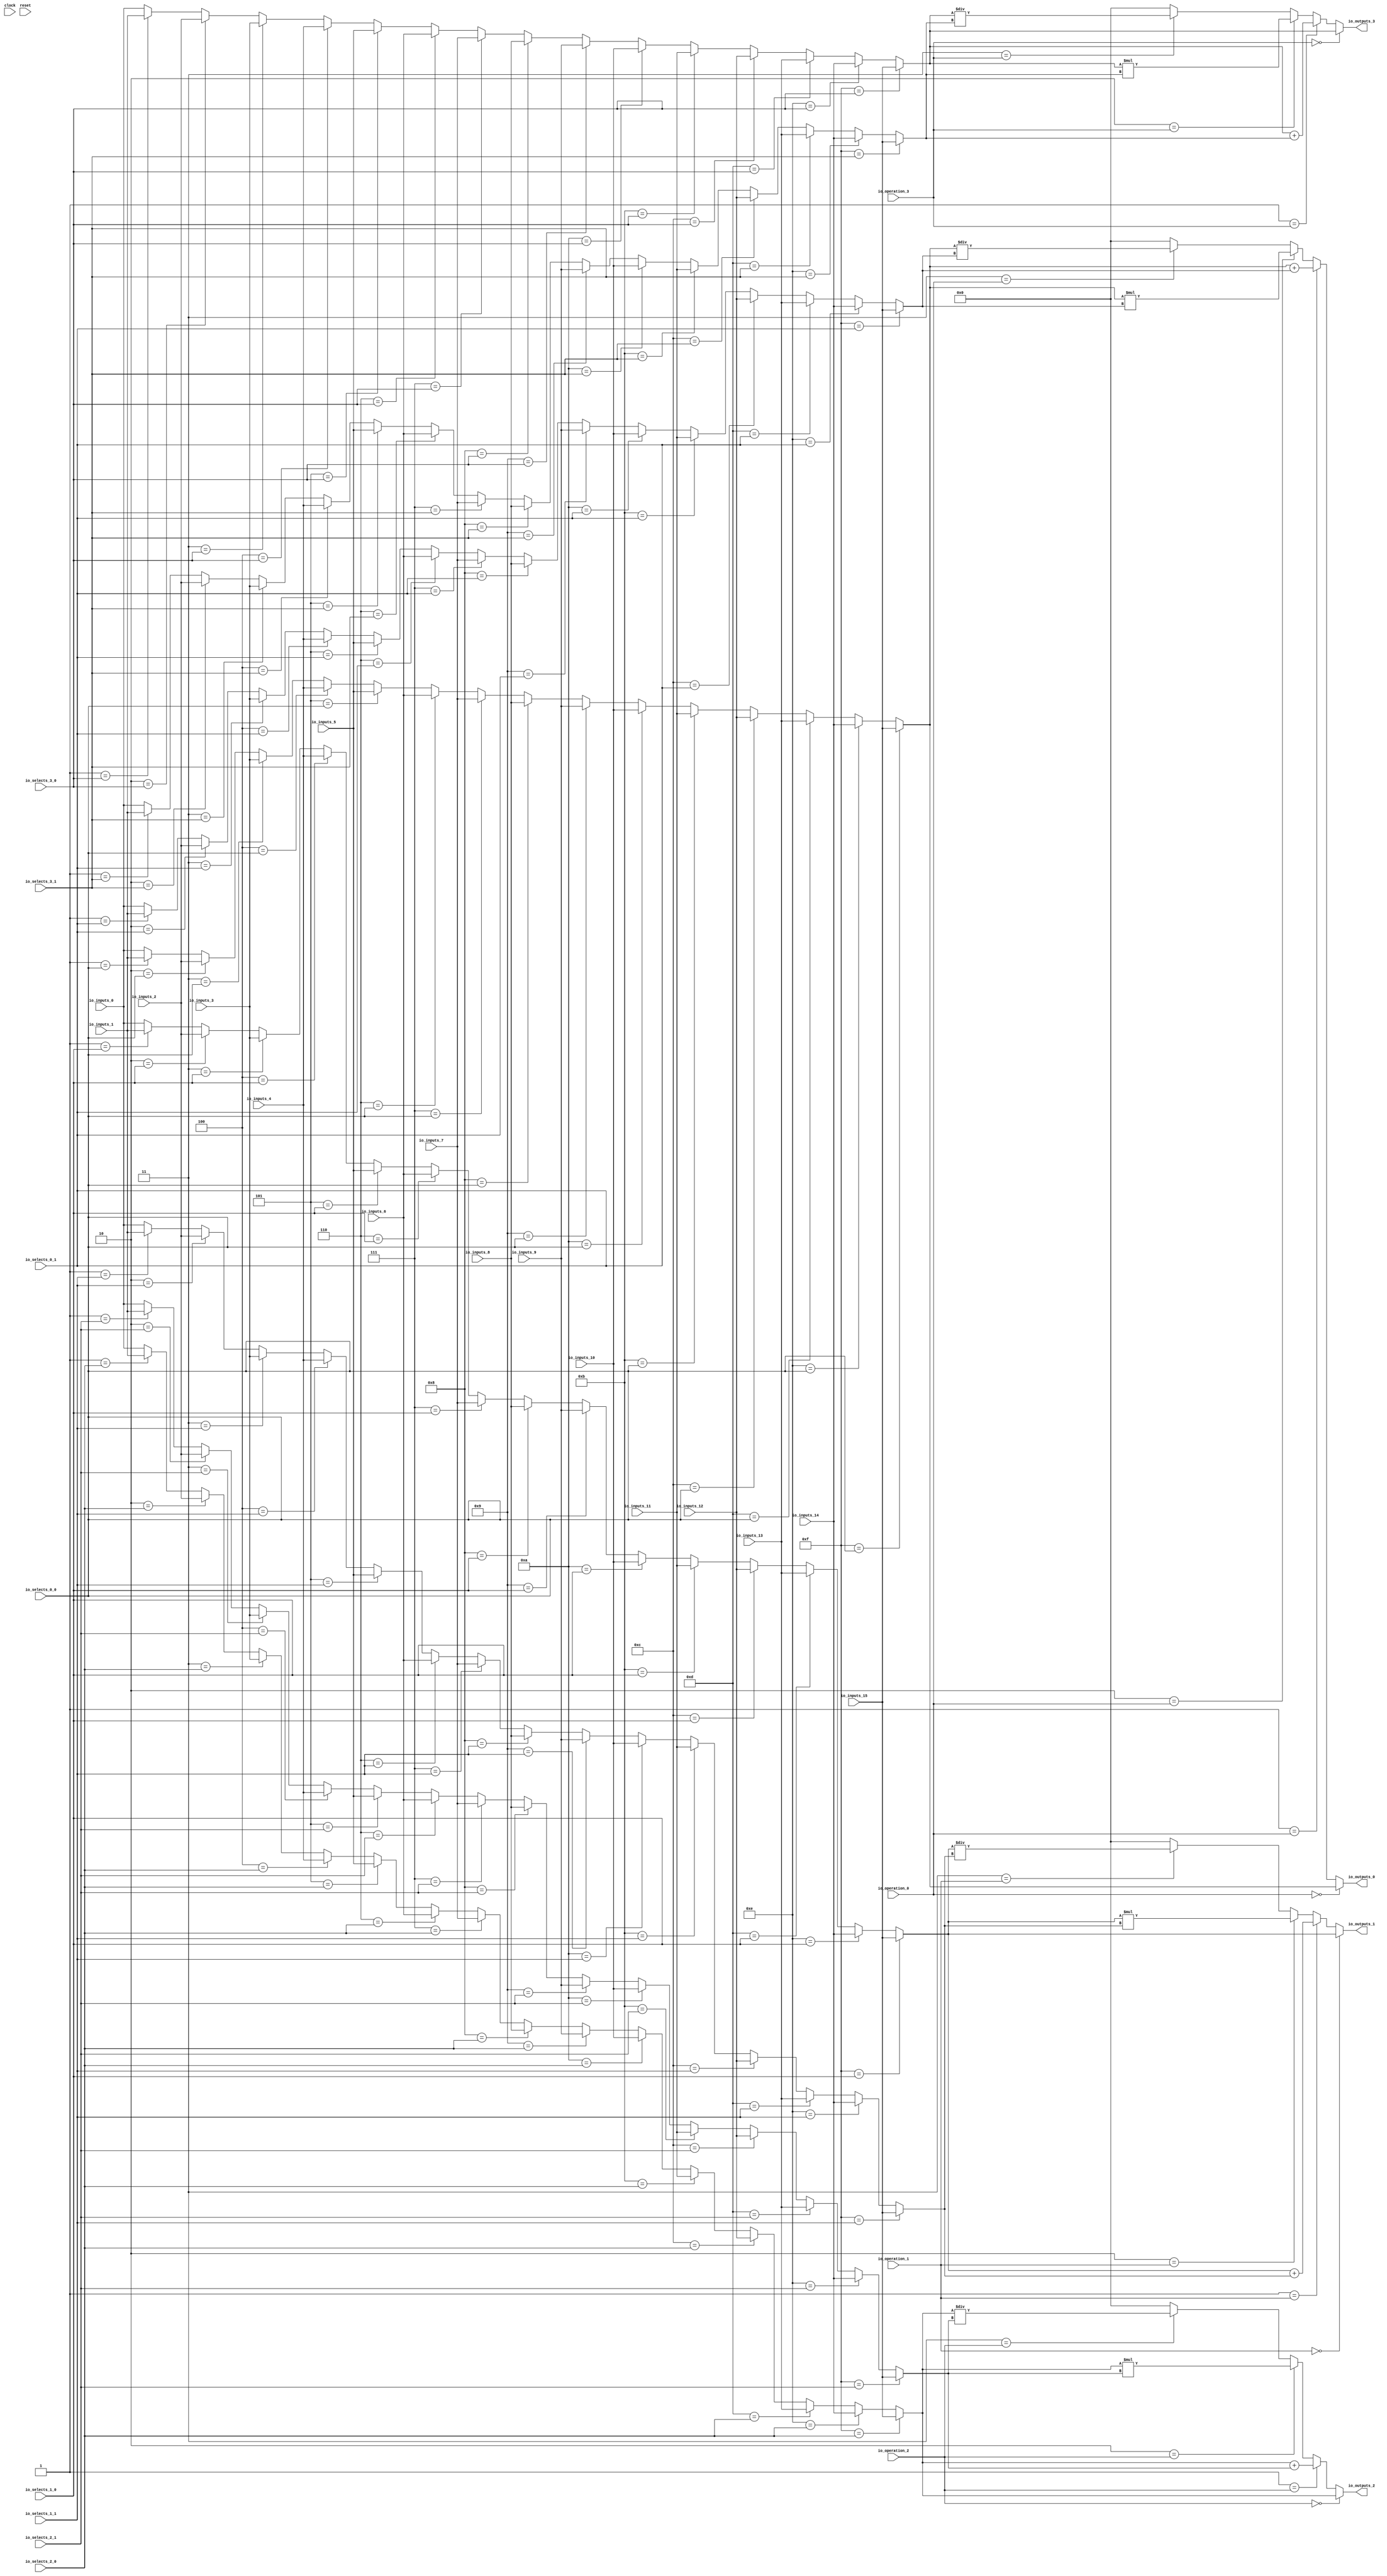
module MuxTest_width_64_inputs_16_outputs_4_pipeline_0( // @[:@3.2]
  input         clock, // @[:@4.4]
  input         reset, // @[:@5.4]
  input  [3:0]  io_selects_0_0, // @[:@6.4]
  input  [3:0]  io_selects_0_1, // @[:@6.4]
  input  [3:0]  io_selects_1_0, // @[:@6.4]
  input  [3:0]  io_selects_1_1, // @[:@6.4]
  input  [3:0]  io_selects_2_0, // @[:@6.4]
  input  [3:0]  io_selects_2_1, // @[:@6.4]
  input  [3:0]  io_selects_3_0, // @[:@6.4]
  input  [3:0]  io_selects_3_1, // @[:@6.4]
  input  [2:0]  io_operation_0, // @[:@6.4]
  input  [2:0]  io_operation_1, // @[:@6.4]
  input  [2:0]  io_operation_2, // @[:@6.4]
  input  [2:0]  io_operation_3, // @[:@6.4]
  input  [63:0] io_inputs_0, // @[:@6.4]
  input  [63:0] io_inputs_1, // @[:@6.4]
  input  [63:0] io_inputs_2, // @[:@6.4]
  input  [63:0] io_inputs_3, // @[:@6.4]
  input  [63:0] io_inputs_4, // @[:@6.4]
  input  [63:0] io_inputs_5, // @[:@6.4]
  input  [63:0] io_inputs_6, // @[:@6.4]
  input  [63:0] io_inputs_7, // @[:@6.4]
  input  [63:0] io_inputs_8, // @[:@6.4]
  input  [63:0] io_inputs_9, // @[:@6.4]
  input  [63:0] io_inputs_10, // @[:@6.4]
  input  [63:0] io_inputs_11, // @[:@6.4]
  input  [63:0] io_inputs_12, // @[:@6.4]
  input  [63:0] io_inputs_13, // @[:@6.4]
  input  [63:0] io_inputs_14, // @[:@6.4]
  input  [63:0] io_inputs_15, // @[:@6.4]
  output [63:0] io_outputs_0, // @[:@6.4]
  output [63:0] io_outputs_1, // @[:@6.4]
  output [63:0] io_outputs_2, // @[:@6.4]
  output [63:0] io_outputs_3 // @[:@6.4]
);
  wire [63:0] _GEN_1; // @[MuxTest_width_64_inputs_16_outputs_4_pipeline_0s.scala 32:53:@8.4]
  wire [63:0] _GEN_2; // @[MuxTest_width_64_inputs_16_outputs_4_pipeline_0s.scala 32:53:@8.4]
  wire [63:0] _GEN_3; // @[MuxTest_width_64_inputs_16_outputs_4_pipeline_0s.scala 32:53:@8.4]
  wire [63:0] _GEN_4; // @[MuxTest_width_64_inputs_16_outputs_4_pipeline_0s.scala 32:53:@8.4]
  wire [63:0] _GEN_5; // @[MuxTest_width_64_inputs_16_outputs_4_pipeline_0s.scala 32:53:@8.4]
  wire [63:0] _GEN_6; // @[MuxTest_width_64_inputs_16_outputs_4_pipeline_0s.scala 32:53:@8.4]
  wire [63:0] _GEN_7; // @[MuxTest_width_64_inputs_16_outputs_4_pipeline_0s.scala 32:53:@8.4]
  wire [63:0] _GEN_8; // @[MuxTest_width_64_inputs_16_outputs_4_pipeline_0s.scala 32:53:@8.4]
  wire [63:0] _GEN_9; // @[MuxTest_width_64_inputs_16_outputs_4_pipeline_0s.scala 32:53:@8.4]
  wire [63:0] _GEN_10; // @[MuxTest_width_64_inputs_16_outputs_4_pipeline_0s.scala 32:53:@8.4]
  wire [63:0] _GEN_11; // @[MuxTest_width_64_inputs_16_outputs_4_pipeline_0s.scala 32:53:@8.4]
  wire [63:0] _GEN_12; // @[MuxTest_width_64_inputs_16_outputs_4_pipeline_0s.scala 32:53:@8.4]
  wire [63:0] _GEN_13; // @[MuxTest_width_64_inputs_16_outputs_4_pipeline_0s.scala 32:53:@8.4]
  wire [63:0] _GEN_14; // @[MuxTest_width_64_inputs_16_outputs_4_pipeline_0s.scala 32:53:@8.4]
  wire [63:0] _GEN_15; // @[MuxTest_width_64_inputs_16_outputs_4_pipeline_0s.scala 32:53:@8.4]
  wire [63:0] _GEN_17; // @[MuxTest_width_64_inputs_16_outputs_4_pipeline_0s.scala 32:53:@8.4]
  wire [63:0] _GEN_18; // @[MuxTest_width_64_inputs_16_outputs_4_pipeline_0s.scala 32:53:@8.4]
  wire [63:0] _GEN_19; // @[MuxTest_width_64_inputs_16_outputs_4_pipeline_0s.scala 32:53:@8.4]
  wire [63:0] _GEN_20; // @[MuxTest_width_64_inputs_16_outputs_4_pipeline_0s.scala 32:53:@8.4]
  wire [63:0] _GEN_21; // @[MuxTest_width_64_inputs_16_outputs_4_pipeline_0s.scala 32:53:@8.4]
  wire [63:0] _GEN_22; // @[MuxTest_width_64_inputs_16_outputs_4_pipeline_0s.scala 32:53:@8.4]
  wire [63:0] _GEN_23; // @[MuxTest_width_64_inputs_16_outputs_4_pipeline_0s.scala 32:53:@8.4]
  wire [63:0] _GEN_24; // @[MuxTest_width_64_inputs_16_outputs_4_pipeline_0s.scala 32:53:@8.4]
  wire [63:0] _GEN_25; // @[MuxTest_width_64_inputs_16_outputs_4_pipeline_0s.scala 32:53:@8.4]
  wire [63:0] _GEN_26; // @[MuxTest_width_64_inputs_16_outputs_4_pipeline_0s.scala 32:53:@8.4]
  wire [63:0] _GEN_27; // @[MuxTest_width_64_inputs_16_outputs_4_pipeline_0s.scala 32:53:@8.4]
  wire [63:0] _GEN_28; // @[MuxTest_width_64_inputs_16_outputs_4_pipeline_0s.scala 32:53:@8.4]
  wire [63:0] _GEN_29; // @[MuxTest_width_64_inputs_16_outputs_4_pipeline_0s.scala 32:53:@8.4]
  wire [63:0] _GEN_30; // @[MuxTest_width_64_inputs_16_outputs_4_pipeline_0s.scala 32:53:@8.4]
  wire [63:0] _GEN_31; // @[MuxTest_width_64_inputs_16_outputs_4_pipeline_0s.scala 32:53:@8.4]
  wire [64:0] _T_266; // @[MuxTest_width_64_inputs_16_outputs_4_pipeline_0s.scala 32:53:@8.4]
  wire [63:0] _T_267; // @[MuxTest_width_64_inputs_16_outputs_4_pipeline_0s.scala 32:53:@9.4]
  wire [127:0] _T_269; // @[MuxTest_width_64_inputs_16_outputs_4_pipeline_0s.scala 33:58:@10.4]
  wire [63:0] _T_271; // @[MuxTest_width_64_inputs_16_outputs_4_pipeline_0s.scala 34:56:@11.4]
  wire  _T_272; // @[Mux.scala 46:19:@12.4]
  wire [63:0] _T_273; // @[Mux.scala 46:16:@13.4]
  wire  _T_274; // @[Mux.scala 46:19:@14.4]
  wire [127:0] _T_275; // @[Mux.scala 46:16:@15.4]
  wire  _T_276; // @[Mux.scala 46:19:@16.4]
  wire [127:0] _T_277; // @[Mux.scala 46:16:@17.4]
  wire  _T_278; // @[Mux.scala 46:19:@18.4]
  wire [127:0] _T_279; // @[Mux.scala 46:16:@19.4]
  wire [63:0] _GEN_33; // @[MuxTest_width_64_inputs_16_outputs_4_pipeline_0s.scala 32:53:@20.4]
  wire [63:0] _GEN_34; // @[MuxTest_width_64_inputs_16_outputs_4_pipeline_0s.scala 32:53:@20.4]
  wire [63:0] _GEN_35; // @[MuxTest_width_64_inputs_16_outputs_4_pipeline_0s.scala 32:53:@20.4]
  wire [63:0] _GEN_36; // @[MuxTest_width_64_inputs_16_outputs_4_pipeline_0s.scala 32:53:@20.4]
  wire [63:0] _GEN_37; // @[MuxTest_width_64_inputs_16_outputs_4_pipeline_0s.scala 32:53:@20.4]
  wire [63:0] _GEN_38; // @[MuxTest_width_64_inputs_16_outputs_4_pipeline_0s.scala 32:53:@20.4]
  wire [63:0] _GEN_39; // @[MuxTest_width_64_inputs_16_outputs_4_pipeline_0s.scala 32:53:@20.4]
  wire [63:0] _GEN_40; // @[MuxTest_width_64_inputs_16_outputs_4_pipeline_0s.scala 32:53:@20.4]
  wire [63:0] _GEN_41; // @[MuxTest_width_64_inputs_16_outputs_4_pipeline_0s.scala 32:53:@20.4]
  wire [63:0] _GEN_42; // @[MuxTest_width_64_inputs_16_outputs_4_pipeline_0s.scala 32:53:@20.4]
  wire [63:0] _GEN_43; // @[MuxTest_width_64_inputs_16_outputs_4_pipeline_0s.scala 32:53:@20.4]
  wire [63:0] _GEN_44; // @[MuxTest_width_64_inputs_16_outputs_4_pipeline_0s.scala 32:53:@20.4]
  wire [63:0] _GEN_45; // @[MuxTest_width_64_inputs_16_outputs_4_pipeline_0s.scala 32:53:@20.4]
  wire [63:0] _GEN_46; // @[MuxTest_width_64_inputs_16_outputs_4_pipeline_0s.scala 32:53:@20.4]
  wire [63:0] _GEN_47; // @[MuxTest_width_64_inputs_16_outputs_4_pipeline_0s.scala 32:53:@20.4]
  wire [63:0] _GEN_49; // @[MuxTest_width_64_inputs_16_outputs_4_pipeline_0s.scala 32:53:@20.4]
  wire [63:0] _GEN_50; // @[MuxTest_width_64_inputs_16_outputs_4_pipeline_0s.scala 32:53:@20.4]
  wire [63:0] _GEN_51; // @[MuxTest_width_64_inputs_16_outputs_4_pipeline_0s.scala 32:53:@20.4]
  wire [63:0] _GEN_52; // @[MuxTest_width_64_inputs_16_outputs_4_pipeline_0s.scala 32:53:@20.4]
  wire [63:0] _GEN_53; // @[MuxTest_width_64_inputs_16_outputs_4_pipeline_0s.scala 32:53:@20.4]
  wire [63:0] _GEN_54; // @[MuxTest_width_64_inputs_16_outputs_4_pipeline_0s.scala 32:53:@20.4]
  wire [63:0] _GEN_55; // @[MuxTest_width_64_inputs_16_outputs_4_pipeline_0s.scala 32:53:@20.4]
  wire [63:0] _GEN_56; // @[MuxTest_width_64_inputs_16_outputs_4_pipeline_0s.scala 32:53:@20.4]
  wire [63:0] _GEN_57; // @[MuxTest_width_64_inputs_16_outputs_4_pipeline_0s.scala 32:53:@20.4]
  wire [63:0] _GEN_58; // @[MuxTest_width_64_inputs_16_outputs_4_pipeline_0s.scala 32:53:@20.4]
  wire [63:0] _GEN_59; // @[MuxTest_width_64_inputs_16_outputs_4_pipeline_0s.scala 32:53:@20.4]
  wire [63:0] _GEN_60; // @[MuxTest_width_64_inputs_16_outputs_4_pipeline_0s.scala 32:53:@20.4]
  wire [63:0] _GEN_61; // @[MuxTest_width_64_inputs_16_outputs_4_pipeline_0s.scala 32:53:@20.4]
  wire [63:0] _GEN_62; // @[MuxTest_width_64_inputs_16_outputs_4_pipeline_0s.scala 32:53:@20.4]
  wire [63:0] _GEN_63; // @[MuxTest_width_64_inputs_16_outputs_4_pipeline_0s.scala 32:53:@20.4]
  wire [64:0] _T_283; // @[MuxTest_width_64_inputs_16_outputs_4_pipeline_0s.scala 32:53:@20.4]
  wire [63:0] _T_284; // @[MuxTest_width_64_inputs_16_outputs_4_pipeline_0s.scala 32:53:@21.4]
  wire [127:0] _T_286; // @[MuxTest_width_64_inputs_16_outputs_4_pipeline_0s.scala 33:58:@22.4]
  wire [63:0] _T_288; // @[MuxTest_width_64_inputs_16_outputs_4_pipeline_0s.scala 34:56:@23.4]
  wire  _T_289; // @[Mux.scala 46:19:@24.4]
  wire [63:0] _T_290; // @[Mux.scala 46:16:@25.4]
  wire  _T_291; // @[Mux.scala 46:19:@26.4]
  wire [127:0] _T_292; // @[Mux.scala 46:16:@27.4]
  wire  _T_293; // @[Mux.scala 46:19:@28.4]
  wire [127:0] _T_294; // @[Mux.scala 46:16:@29.4]
  wire  _T_295; // @[Mux.scala 46:19:@30.4]
  wire [127:0] _T_296; // @[Mux.scala 46:16:@31.4]
  wire [63:0] _GEN_65; // @[MuxTest_width_64_inputs_16_outputs_4_pipeline_0s.scala 32:53:@32.4]
  wire [63:0] _GEN_66; // @[MuxTest_width_64_inputs_16_outputs_4_pipeline_0s.scala 32:53:@32.4]
  wire [63:0] _GEN_67; // @[MuxTest_width_64_inputs_16_outputs_4_pipeline_0s.scala 32:53:@32.4]
  wire [63:0] _GEN_68; // @[MuxTest_width_64_inputs_16_outputs_4_pipeline_0s.scala 32:53:@32.4]
  wire [63:0] _GEN_69; // @[MuxTest_width_64_inputs_16_outputs_4_pipeline_0s.scala 32:53:@32.4]
  wire [63:0] _GEN_70; // @[MuxTest_width_64_inputs_16_outputs_4_pipeline_0s.scala 32:53:@32.4]
  wire [63:0] _GEN_71; // @[MuxTest_width_64_inputs_16_outputs_4_pipeline_0s.scala 32:53:@32.4]
  wire [63:0] _GEN_72; // @[MuxTest_width_64_inputs_16_outputs_4_pipeline_0s.scala 32:53:@32.4]
  wire [63:0] _GEN_73; // @[MuxTest_width_64_inputs_16_outputs_4_pipeline_0s.scala 32:53:@32.4]
  wire [63:0] _GEN_74; // @[MuxTest_width_64_inputs_16_outputs_4_pipeline_0s.scala 32:53:@32.4]
  wire [63:0] _GEN_75; // @[MuxTest_width_64_inputs_16_outputs_4_pipeline_0s.scala 32:53:@32.4]
  wire [63:0] _GEN_76; // @[MuxTest_width_64_inputs_16_outputs_4_pipeline_0s.scala 32:53:@32.4]
  wire [63:0] _GEN_77; // @[MuxTest_width_64_inputs_16_outputs_4_pipeline_0s.scala 32:53:@32.4]
  wire [63:0] _GEN_78; // @[MuxTest_width_64_inputs_16_outputs_4_pipeline_0s.scala 32:53:@32.4]
  wire [63:0] _GEN_79; // @[MuxTest_width_64_inputs_16_outputs_4_pipeline_0s.scala 32:53:@32.4]
  wire [63:0] _GEN_81; // @[MuxTest_width_64_inputs_16_outputs_4_pipeline_0s.scala 32:53:@32.4]
  wire [63:0] _GEN_82; // @[MuxTest_width_64_inputs_16_outputs_4_pipeline_0s.scala 32:53:@32.4]
  wire [63:0] _GEN_83; // @[MuxTest_width_64_inputs_16_outputs_4_pipeline_0s.scala 32:53:@32.4]
  wire [63:0] _GEN_84; // @[MuxTest_width_64_inputs_16_outputs_4_pipeline_0s.scala 32:53:@32.4]
  wire [63:0] _GEN_85; // @[MuxTest_width_64_inputs_16_outputs_4_pipeline_0s.scala 32:53:@32.4]
  wire [63:0] _GEN_86; // @[MuxTest_width_64_inputs_16_outputs_4_pipeline_0s.scala 32:53:@32.4]
  wire [63:0] _GEN_87; // @[MuxTest_width_64_inputs_16_outputs_4_pipeline_0s.scala 32:53:@32.4]
  wire [63:0] _GEN_88; // @[MuxTest_width_64_inputs_16_outputs_4_pipeline_0s.scala 32:53:@32.4]
  wire [63:0] _GEN_89; // @[MuxTest_width_64_inputs_16_outputs_4_pipeline_0s.scala 32:53:@32.4]
  wire [63:0] _GEN_90; // @[MuxTest_width_64_inputs_16_outputs_4_pipeline_0s.scala 32:53:@32.4]
  wire [63:0] _GEN_91; // @[MuxTest_width_64_inputs_16_outputs_4_pipeline_0s.scala 32:53:@32.4]
  wire [63:0] _GEN_92; // @[MuxTest_width_64_inputs_16_outputs_4_pipeline_0s.scala 32:53:@32.4]
  wire [63:0] _GEN_93; // @[MuxTest_width_64_inputs_16_outputs_4_pipeline_0s.scala 32:53:@32.4]
  wire [63:0] _GEN_94; // @[MuxTest_width_64_inputs_16_outputs_4_pipeline_0s.scala 32:53:@32.4]
  wire [63:0] _GEN_95; // @[MuxTest_width_64_inputs_16_outputs_4_pipeline_0s.scala 32:53:@32.4]
  wire [64:0] _T_300; // @[MuxTest_width_64_inputs_16_outputs_4_pipeline_0s.scala 32:53:@32.4]
  wire [63:0] _T_301; // @[MuxTest_width_64_inputs_16_outputs_4_pipeline_0s.scala 32:53:@33.4]
  wire [127:0] _T_303; // @[MuxTest_width_64_inputs_16_outputs_4_pipeline_0s.scala 33:58:@34.4]
  wire [63:0] _T_305; // @[MuxTest_width_64_inputs_16_outputs_4_pipeline_0s.scala 34:56:@35.4]
  wire  _T_306; // @[Mux.scala 46:19:@36.4]
  wire [63:0] _T_307; // @[Mux.scala 46:16:@37.4]
  wire  _T_308; // @[Mux.scala 46:19:@38.4]
  wire [127:0] _T_309; // @[Mux.scala 46:16:@39.4]
  wire  _T_310; // @[Mux.scala 46:19:@40.4]
  wire [127:0] _T_311; // @[Mux.scala 46:16:@41.4]
  wire  _T_312; // @[Mux.scala 46:19:@42.4]
  wire [127:0] _T_313; // @[Mux.scala 46:16:@43.4]
  wire [63:0] _GEN_97; // @[MuxTest_width_64_inputs_16_outputs_4_pipeline_0s.scala 32:53:@44.4]
  wire [63:0] _GEN_98; // @[MuxTest_width_64_inputs_16_outputs_4_pipeline_0s.scala 32:53:@44.4]
  wire [63:0] _GEN_99; // @[MuxTest_width_64_inputs_16_outputs_4_pipeline_0s.scala 32:53:@44.4]
  wire [63:0] _GEN_100; // @[MuxTest_width_64_inputs_16_outputs_4_pipeline_0s.scala 32:53:@44.4]
  wire [63:0] _GEN_101; // @[MuxTest_width_64_inputs_16_outputs_4_pipeline_0s.scala 32:53:@44.4]
  wire [63:0] _GEN_102; // @[MuxTest_width_64_inputs_16_outputs_4_pipeline_0s.scala 32:53:@44.4]
  wire [63:0] _GEN_103; // @[MuxTest_width_64_inputs_16_outputs_4_pipeline_0s.scala 32:53:@44.4]
  wire [63:0] _GEN_104; // @[MuxTest_width_64_inputs_16_outputs_4_pipeline_0s.scala 32:53:@44.4]
  wire [63:0] _GEN_105; // @[MuxTest_width_64_inputs_16_outputs_4_pipeline_0s.scala 32:53:@44.4]
  wire [63:0] _GEN_106; // @[MuxTest_width_64_inputs_16_outputs_4_pipeline_0s.scala 32:53:@44.4]
  wire [63:0] _GEN_107; // @[MuxTest_width_64_inputs_16_outputs_4_pipeline_0s.scala 32:53:@44.4]
  wire [63:0] _GEN_108; // @[MuxTest_width_64_inputs_16_outputs_4_pipeline_0s.scala 32:53:@44.4]
  wire [63:0] _GEN_109; // @[MuxTest_width_64_inputs_16_outputs_4_pipeline_0s.scala 32:53:@44.4]
  wire [63:0] _GEN_110; // @[MuxTest_width_64_inputs_16_outputs_4_pipeline_0s.scala 32:53:@44.4]
  wire [63:0] _GEN_111; // @[MuxTest_width_64_inputs_16_outputs_4_pipeline_0s.scala 32:53:@44.4]
  wire [63:0] _GEN_113; // @[MuxTest_width_64_inputs_16_outputs_4_pipeline_0s.scala 32:53:@44.4]
  wire [63:0] _GEN_114; // @[MuxTest_width_64_inputs_16_outputs_4_pipeline_0s.scala 32:53:@44.4]
  wire [63:0] _GEN_115; // @[MuxTest_width_64_inputs_16_outputs_4_pipeline_0s.scala 32:53:@44.4]
  wire [63:0] _GEN_116; // @[MuxTest_width_64_inputs_16_outputs_4_pipeline_0s.scala 32:53:@44.4]
  wire [63:0] _GEN_117; // @[MuxTest_width_64_inputs_16_outputs_4_pipeline_0s.scala 32:53:@44.4]
  wire [63:0] _GEN_118; // @[MuxTest_width_64_inputs_16_outputs_4_pipeline_0s.scala 32:53:@44.4]
  wire [63:0] _GEN_119; // @[MuxTest_width_64_inputs_16_outputs_4_pipeline_0s.scala 32:53:@44.4]
  wire [63:0] _GEN_120; // @[MuxTest_width_64_inputs_16_outputs_4_pipeline_0s.scala 32:53:@44.4]
  wire [63:0] _GEN_121; // @[MuxTest_width_64_inputs_16_outputs_4_pipeline_0s.scala 32:53:@44.4]
  wire [63:0] _GEN_122; // @[MuxTest_width_64_inputs_16_outputs_4_pipeline_0s.scala 32:53:@44.4]
  wire [63:0] _GEN_123; // @[MuxTest_width_64_inputs_16_outputs_4_pipeline_0s.scala 32:53:@44.4]
  wire [63:0] _GEN_124; // @[MuxTest_width_64_inputs_16_outputs_4_pipeline_0s.scala 32:53:@44.4]
  wire [63:0] _GEN_125; // @[MuxTest_width_64_inputs_16_outputs_4_pipeline_0s.scala 32:53:@44.4]
  wire [63:0] _GEN_126; // @[MuxTest_width_64_inputs_16_outputs_4_pipeline_0s.scala 32:53:@44.4]
  wire [63:0] _GEN_127; // @[MuxTest_width_64_inputs_16_outputs_4_pipeline_0s.scala 32:53:@44.4]
  wire [64:0] _T_317; // @[MuxTest_width_64_inputs_16_outputs_4_pipeline_0s.scala 32:53:@44.4]
  wire [63:0] _T_318; // @[MuxTest_width_64_inputs_16_outputs_4_pipeline_0s.scala 32:53:@45.4]
  wire [127:0] _T_320; // @[MuxTest_width_64_inputs_16_outputs_4_pipeline_0s.scala 33:58:@46.4]
  wire [63:0] _T_322; // @[MuxTest_width_64_inputs_16_outputs_4_pipeline_0s.scala 34:56:@47.4]
  wire  _T_323; // @[Mux.scala 46:19:@48.4]
  wire [63:0] _T_324; // @[Mux.scala 46:16:@49.4]
  wire  _T_325; // @[Mux.scala 46:19:@50.4]
  wire [127:0] _T_326; // @[Mux.scala 46:16:@51.4]
  wire  _T_327; // @[Mux.scala 46:19:@52.4]
  wire [127:0] _T_328; // @[Mux.scala 46:16:@53.4]
  wire  _T_329; // @[Mux.scala 46:19:@54.4]
  wire [127:0] _T_330; // @[Mux.scala 46:16:@55.4]
  assign _GEN_1 = 4'h1 == io_selects_0_0 ? io_inputs_1 : io_inputs_0; // @[MuxTest_width_64_inputs_16_outputs_4_pipeline_0s.scala 32:53:@8.4]
  assign _GEN_2 = 4'h2 == io_selects_0_0 ? io_inputs_2 : _GEN_1; // @[MuxTest_width_64_inputs_16_outputs_4_pipeline_0s.scala 32:53:@8.4]
  assign _GEN_3 = 4'h3 == io_selects_0_0 ? io_inputs_3 : _GEN_2; // @[MuxTest_width_64_inputs_16_outputs_4_pipeline_0s.scala 32:53:@8.4]
  assign _GEN_4 = 4'h4 == io_selects_0_0 ? io_inputs_4 : _GEN_3; // @[MuxTest_width_64_inputs_16_outputs_4_pipeline_0s.scala 32:53:@8.4]
  assign _GEN_5 = 4'h5 == io_selects_0_0 ? io_inputs_5 : _GEN_4; // @[MuxTest_width_64_inputs_16_outputs_4_pipeline_0s.scala 32:53:@8.4]
  assign _GEN_6 = 4'h6 == io_selects_0_0 ? io_inputs_6 : _GEN_5; // @[MuxTest_width_64_inputs_16_outputs_4_pipeline_0s.scala 32:53:@8.4]
  assign _GEN_7 = 4'h7 == io_selects_0_0 ? io_inputs_7 : _GEN_6; // @[MuxTest_width_64_inputs_16_outputs_4_pipeline_0s.scala 32:53:@8.4]
  assign _GEN_8 = 4'h8 == io_selects_0_0 ? io_inputs_8 : _GEN_7; // @[MuxTest_width_64_inputs_16_outputs_4_pipeline_0s.scala 32:53:@8.4]
  assign _GEN_9 = 4'h9 == io_selects_0_0 ? io_inputs_9 : _GEN_8; // @[MuxTest_width_64_inputs_16_outputs_4_pipeline_0s.scala 32:53:@8.4]
  assign _GEN_10 = 4'ha == io_selects_0_0 ? io_inputs_10 : _GEN_9; // @[MuxTest_width_64_inputs_16_outputs_4_pipeline_0s.scala 32:53:@8.4]
  assign _GEN_11 = 4'hb == io_selects_0_0 ? io_inputs_11 : _GEN_10; // @[MuxTest_width_64_inputs_16_outputs_4_pipeline_0s.scala 32:53:@8.4]
  assign _GEN_12 = 4'hc == io_selects_0_0 ? io_inputs_12 : _GEN_11; // @[MuxTest_width_64_inputs_16_outputs_4_pipeline_0s.scala 32:53:@8.4]
  assign _GEN_13 = 4'hd == io_selects_0_0 ? io_inputs_13 : _GEN_12; // @[MuxTest_width_64_inputs_16_outputs_4_pipeline_0s.scala 32:53:@8.4]
  assign _GEN_14 = 4'he == io_selects_0_0 ? io_inputs_14 : _GEN_13; // @[MuxTest_width_64_inputs_16_outputs_4_pipeline_0s.scala 32:53:@8.4]
  assign _GEN_15 = 4'hf == io_selects_0_0 ? io_inputs_15 : _GEN_14; // @[MuxTest_width_64_inputs_16_outputs_4_pipeline_0s.scala 32:53:@8.4]
  assign _GEN_17 = 4'h1 == io_selects_0_1 ? io_inputs_1 : io_inputs_0; // @[MuxTest_width_64_inputs_16_outputs_4_pipeline_0s.scala 32:53:@8.4]
  assign _GEN_18 = 4'h2 == io_selects_0_1 ? io_inputs_2 : _GEN_17; // @[MuxTest_width_64_inputs_16_outputs_4_pipeline_0s.scala 32:53:@8.4]
  assign _GEN_19 = 4'h3 == io_selects_0_1 ? io_inputs_3 : _GEN_18; // @[MuxTest_width_64_inputs_16_outputs_4_pipeline_0s.scala 32:53:@8.4]
  assign _GEN_20 = 4'h4 == io_selects_0_1 ? io_inputs_4 : _GEN_19; // @[MuxTest_width_64_inputs_16_outputs_4_pipeline_0s.scala 32:53:@8.4]
  assign _GEN_21 = 4'h5 == io_selects_0_1 ? io_inputs_5 : _GEN_20; // @[MuxTest_width_64_inputs_16_outputs_4_pipeline_0s.scala 32:53:@8.4]
  assign _GEN_22 = 4'h6 == io_selects_0_1 ? io_inputs_6 : _GEN_21; // @[MuxTest_width_64_inputs_16_outputs_4_pipeline_0s.scala 32:53:@8.4]
  assign _GEN_23 = 4'h7 == io_selects_0_1 ? io_inputs_7 : _GEN_22; // @[MuxTest_width_64_inputs_16_outputs_4_pipeline_0s.scala 32:53:@8.4]
  assign _GEN_24 = 4'h8 == io_selects_0_1 ? io_inputs_8 : _GEN_23; // @[MuxTest_width_64_inputs_16_outputs_4_pipeline_0s.scala 32:53:@8.4]
  assign _GEN_25 = 4'h9 == io_selects_0_1 ? io_inputs_9 : _GEN_24; // @[MuxTest_width_64_inputs_16_outputs_4_pipeline_0s.scala 32:53:@8.4]
  assign _GEN_26 = 4'ha == io_selects_0_1 ? io_inputs_10 : _GEN_25; // @[MuxTest_width_64_inputs_16_outputs_4_pipeline_0s.scala 32:53:@8.4]
  assign _GEN_27 = 4'hb == io_selects_0_1 ? io_inputs_11 : _GEN_26; // @[MuxTest_width_64_inputs_16_outputs_4_pipeline_0s.scala 32:53:@8.4]
  assign _GEN_28 = 4'hc == io_selects_0_1 ? io_inputs_12 : _GEN_27; // @[MuxTest_width_64_inputs_16_outputs_4_pipeline_0s.scala 32:53:@8.4]
  assign _GEN_29 = 4'hd == io_selects_0_1 ? io_inputs_13 : _GEN_28; // @[MuxTest_width_64_inputs_16_outputs_4_pipeline_0s.scala 32:53:@8.4]
  assign _GEN_30 = 4'he == io_selects_0_1 ? io_inputs_14 : _GEN_29; // @[MuxTest_width_64_inputs_16_outputs_4_pipeline_0s.scala 32:53:@8.4]
  assign _GEN_31 = 4'hf == io_selects_0_1 ? io_inputs_15 : _GEN_30; // @[MuxTest_width_64_inputs_16_outputs_4_pipeline_0s.scala 32:53:@8.4]
  assign _T_266 = _GEN_15 + _GEN_31; // @[MuxTest_width_64_inputs_16_outputs_4_pipeline_0s.scala 32:53:@8.4]
  assign _T_267 = _GEN_15 + _GEN_31; // @[MuxTest_width_64_inputs_16_outputs_4_pipeline_0s.scala 32:53:@9.4]
  assign _T_269 = _GEN_15 * _GEN_31; // @[MuxTest_width_64_inputs_16_outputs_4_pipeline_0s.scala 33:58:@10.4]
  assign _T_271 = _GEN_15 / _GEN_31; // @[MuxTest_width_64_inputs_16_outputs_4_pipeline_0s.scala 34:56:@11.4]
  assign _T_272 = 3'h3 == io_operation_0; // @[Mux.scala 46:19:@12.4]
  assign _T_273 = _T_272 ? _T_271 : 64'h0; // @[Mux.scala 46:16:@13.4]
  assign _T_274 = 3'h2 == io_operation_0; // @[Mux.scala 46:19:@14.4]
  assign _T_275 = _T_274 ? _T_269 : {{64'd0}, _T_273}; // @[Mux.scala 46:16:@15.4]
  assign _T_276 = 3'h1 == io_operation_0; // @[Mux.scala 46:19:@16.4]
  assign _T_277 = _T_276 ? {{64'd0}, _T_267} : _T_275; // @[Mux.scala 46:16:@17.4]
  assign _T_278 = 3'h0 == io_operation_0; // @[Mux.scala 46:19:@18.4]
  assign _T_279 = _T_278 ? {{64'd0}, _GEN_15} : _T_277; // @[Mux.scala 46:16:@19.4]
  assign _GEN_33 = 4'h1 == io_selects_1_0 ? io_inputs_1 : io_inputs_0; // @[MuxTest_width_64_inputs_16_outputs_4_pipeline_0s.scala 32:53:@20.4]
  assign _GEN_34 = 4'h2 == io_selects_1_0 ? io_inputs_2 : _GEN_33; // @[MuxTest_width_64_inputs_16_outputs_4_pipeline_0s.scala 32:53:@20.4]
  assign _GEN_35 = 4'h3 == io_selects_1_0 ? io_inputs_3 : _GEN_34; // @[MuxTest_width_64_inputs_16_outputs_4_pipeline_0s.scala 32:53:@20.4]
  assign _GEN_36 = 4'h4 == io_selects_1_0 ? io_inputs_4 : _GEN_35; // @[MuxTest_width_64_inputs_16_outputs_4_pipeline_0s.scala 32:53:@20.4]
  assign _GEN_37 = 4'h5 == io_selects_1_0 ? io_inputs_5 : _GEN_36; // @[MuxTest_width_64_inputs_16_outputs_4_pipeline_0s.scala 32:53:@20.4]
  assign _GEN_38 = 4'h6 == io_selects_1_0 ? io_inputs_6 : _GEN_37; // @[MuxTest_width_64_inputs_16_outputs_4_pipeline_0s.scala 32:53:@20.4]
  assign _GEN_39 = 4'h7 == io_selects_1_0 ? io_inputs_7 : _GEN_38; // @[MuxTest_width_64_inputs_16_outputs_4_pipeline_0s.scala 32:53:@20.4]
  assign _GEN_40 = 4'h8 == io_selects_1_0 ? io_inputs_8 : _GEN_39; // @[MuxTest_width_64_inputs_16_outputs_4_pipeline_0s.scala 32:53:@20.4]
  assign _GEN_41 = 4'h9 == io_selects_1_0 ? io_inputs_9 : _GEN_40; // @[MuxTest_width_64_inputs_16_outputs_4_pipeline_0s.scala 32:53:@20.4]
  assign _GEN_42 = 4'ha == io_selects_1_0 ? io_inputs_10 : _GEN_41; // @[MuxTest_width_64_inputs_16_outputs_4_pipeline_0s.scala 32:53:@20.4]
  assign _GEN_43 = 4'hb == io_selects_1_0 ? io_inputs_11 : _GEN_42; // @[MuxTest_width_64_inputs_16_outputs_4_pipeline_0s.scala 32:53:@20.4]
  assign _GEN_44 = 4'hc == io_selects_1_0 ? io_inputs_12 : _GEN_43; // @[MuxTest_width_64_inputs_16_outputs_4_pipeline_0s.scala 32:53:@20.4]
  assign _GEN_45 = 4'hd == io_selects_1_0 ? io_inputs_13 : _GEN_44; // @[MuxTest_width_64_inputs_16_outputs_4_pipeline_0s.scala 32:53:@20.4]
  assign _GEN_46 = 4'he == io_selects_1_0 ? io_inputs_14 : _GEN_45; // @[MuxTest_width_64_inputs_16_outputs_4_pipeline_0s.scala 32:53:@20.4]
  assign _GEN_47 = 4'hf == io_selects_1_0 ? io_inputs_15 : _GEN_46; // @[MuxTest_width_64_inputs_16_outputs_4_pipeline_0s.scala 32:53:@20.4]
  assign _GEN_49 = 4'h1 == io_selects_1_1 ? io_inputs_1 : io_inputs_0; // @[MuxTest_width_64_inputs_16_outputs_4_pipeline_0s.scala 32:53:@20.4]
  assign _GEN_50 = 4'h2 == io_selects_1_1 ? io_inputs_2 : _GEN_49; // @[MuxTest_width_64_inputs_16_outputs_4_pipeline_0s.scala 32:53:@20.4]
  assign _GEN_51 = 4'h3 == io_selects_1_1 ? io_inputs_3 : _GEN_50; // @[MuxTest_width_64_inputs_16_outputs_4_pipeline_0s.scala 32:53:@20.4]
  assign _GEN_52 = 4'h4 == io_selects_1_1 ? io_inputs_4 : _GEN_51; // @[MuxTest_width_64_inputs_16_outputs_4_pipeline_0s.scala 32:53:@20.4]
  assign _GEN_53 = 4'h5 == io_selects_1_1 ? io_inputs_5 : _GEN_52; // @[MuxTest_width_64_inputs_16_outputs_4_pipeline_0s.scala 32:53:@20.4]
  assign _GEN_54 = 4'h6 == io_selects_1_1 ? io_inputs_6 : _GEN_53; // @[MuxTest_width_64_inputs_16_outputs_4_pipeline_0s.scala 32:53:@20.4]
  assign _GEN_55 = 4'h7 == io_selects_1_1 ? io_inputs_7 : _GEN_54; // @[MuxTest_width_64_inputs_16_outputs_4_pipeline_0s.scala 32:53:@20.4]
  assign _GEN_56 = 4'h8 == io_selects_1_1 ? io_inputs_8 : _GEN_55; // @[MuxTest_width_64_inputs_16_outputs_4_pipeline_0s.scala 32:53:@20.4]
  assign _GEN_57 = 4'h9 == io_selects_1_1 ? io_inputs_9 : _GEN_56; // @[MuxTest_width_64_inputs_16_outputs_4_pipeline_0s.scala 32:53:@20.4]
  assign _GEN_58 = 4'ha == io_selects_1_1 ? io_inputs_10 : _GEN_57; // @[MuxTest_width_64_inputs_16_outputs_4_pipeline_0s.scala 32:53:@20.4]
  assign _GEN_59 = 4'hb == io_selects_1_1 ? io_inputs_11 : _GEN_58; // @[MuxTest_width_64_inputs_16_outputs_4_pipeline_0s.scala 32:53:@20.4]
  assign _GEN_60 = 4'hc == io_selects_1_1 ? io_inputs_12 : _GEN_59; // @[MuxTest_width_64_inputs_16_outputs_4_pipeline_0s.scala 32:53:@20.4]
  assign _GEN_61 = 4'hd == io_selects_1_1 ? io_inputs_13 : _GEN_60; // @[MuxTest_width_64_inputs_16_outputs_4_pipeline_0s.scala 32:53:@20.4]
  assign _GEN_62 = 4'he == io_selects_1_1 ? io_inputs_14 : _GEN_61; // @[MuxTest_width_64_inputs_16_outputs_4_pipeline_0s.scala 32:53:@20.4]
  assign _GEN_63 = 4'hf == io_selects_1_1 ? io_inputs_15 : _GEN_62; // @[MuxTest_width_64_inputs_16_outputs_4_pipeline_0s.scala 32:53:@20.4]
  assign _T_283 = _GEN_47 + _GEN_63; // @[MuxTest_width_64_inputs_16_outputs_4_pipeline_0s.scala 32:53:@20.4]
  assign _T_284 = _GEN_47 + _GEN_63; // @[MuxTest_width_64_inputs_16_outputs_4_pipeline_0s.scala 32:53:@21.4]
  assign _T_286 = _GEN_47 * _GEN_63; // @[MuxTest_width_64_inputs_16_outputs_4_pipeline_0s.scala 33:58:@22.4]
  assign _T_288 = _GEN_47 / _GEN_63; // @[MuxTest_width_64_inputs_16_outputs_4_pipeline_0s.scala 34:56:@23.4]
  assign _T_289 = 3'h3 == io_operation_1; // @[Mux.scala 46:19:@24.4]
  assign _T_290 = _T_289 ? _T_288 : 64'h0; // @[Mux.scala 46:16:@25.4]
  assign _T_291 = 3'h2 == io_operation_1; // @[Mux.scala 46:19:@26.4]
  assign _T_292 = _T_291 ? _T_286 : {{64'd0}, _T_290}; // @[Mux.scala 46:16:@27.4]
  assign _T_293 = 3'h1 == io_operation_1; // @[Mux.scala 46:19:@28.4]
  assign _T_294 = _T_293 ? {{64'd0}, _T_284} : _T_292; // @[Mux.scala 46:16:@29.4]
  assign _T_295 = 3'h0 == io_operation_1; // @[Mux.scala 46:19:@30.4]
  assign _T_296 = _T_295 ? {{64'd0}, _GEN_47} : _T_294; // @[Mux.scala 46:16:@31.4]
  assign _GEN_65 = 4'h1 == io_selects_2_0 ? io_inputs_1 : io_inputs_0; // @[MuxTest_width_64_inputs_16_outputs_4_pipeline_0s.scala 32:53:@32.4]
  assign _GEN_66 = 4'h2 == io_selects_2_0 ? io_inputs_2 : _GEN_65; // @[MuxTest_width_64_inputs_16_outputs_4_pipeline_0s.scala 32:53:@32.4]
  assign _GEN_67 = 4'h3 == io_selects_2_0 ? io_inputs_3 : _GEN_66; // @[MuxTest_width_64_inputs_16_outputs_4_pipeline_0s.scala 32:53:@32.4]
  assign _GEN_68 = 4'h4 == io_selects_2_0 ? io_inputs_4 : _GEN_67; // @[MuxTest_width_64_inputs_16_outputs_4_pipeline_0s.scala 32:53:@32.4]
  assign _GEN_69 = 4'h5 == io_selects_2_0 ? io_inputs_5 : _GEN_68; // @[MuxTest_width_64_inputs_16_outputs_4_pipeline_0s.scala 32:53:@32.4]
  assign _GEN_70 = 4'h6 == io_selects_2_0 ? io_inputs_6 : _GEN_69; // @[MuxTest_width_64_inputs_16_outputs_4_pipeline_0s.scala 32:53:@32.4]
  assign _GEN_71 = 4'h7 == io_selects_2_0 ? io_inputs_7 : _GEN_70; // @[MuxTest_width_64_inputs_16_outputs_4_pipeline_0s.scala 32:53:@32.4]
  assign _GEN_72 = 4'h8 == io_selects_2_0 ? io_inputs_8 : _GEN_71; // @[MuxTest_width_64_inputs_16_outputs_4_pipeline_0s.scala 32:53:@32.4]
  assign _GEN_73 = 4'h9 == io_selects_2_0 ? io_inputs_9 : _GEN_72; // @[MuxTest_width_64_inputs_16_outputs_4_pipeline_0s.scala 32:53:@32.4]
  assign _GEN_74 = 4'ha == io_selects_2_0 ? io_inputs_10 : _GEN_73; // @[MuxTest_width_64_inputs_16_outputs_4_pipeline_0s.scala 32:53:@32.4]
  assign _GEN_75 = 4'hb == io_selects_2_0 ? io_inputs_11 : _GEN_74; // @[MuxTest_width_64_inputs_16_outputs_4_pipeline_0s.scala 32:53:@32.4]
  assign _GEN_76 = 4'hc == io_selects_2_0 ? io_inputs_12 : _GEN_75; // @[MuxTest_width_64_inputs_16_outputs_4_pipeline_0s.scala 32:53:@32.4]
  assign _GEN_77 = 4'hd == io_selects_2_0 ? io_inputs_13 : _GEN_76; // @[MuxTest_width_64_inputs_16_outputs_4_pipeline_0s.scala 32:53:@32.4]
  assign _GEN_78 = 4'he == io_selects_2_0 ? io_inputs_14 : _GEN_77; // @[MuxTest_width_64_inputs_16_outputs_4_pipeline_0s.scala 32:53:@32.4]
  assign _GEN_79 = 4'hf == io_selects_2_0 ? io_inputs_15 : _GEN_78; // @[MuxTest_width_64_inputs_16_outputs_4_pipeline_0s.scala 32:53:@32.4]
  assign _GEN_81 = 4'h1 == io_selects_2_1 ? io_inputs_1 : io_inputs_0; // @[MuxTest_width_64_inputs_16_outputs_4_pipeline_0s.scala 32:53:@32.4]
  assign _GEN_82 = 4'h2 == io_selects_2_1 ? io_inputs_2 : _GEN_81; // @[MuxTest_width_64_inputs_16_outputs_4_pipeline_0s.scala 32:53:@32.4]
  assign _GEN_83 = 4'h3 == io_selects_2_1 ? io_inputs_3 : _GEN_82; // @[MuxTest_width_64_inputs_16_outputs_4_pipeline_0s.scala 32:53:@32.4]
  assign _GEN_84 = 4'h4 == io_selects_2_1 ? io_inputs_4 : _GEN_83; // @[MuxTest_width_64_inputs_16_outputs_4_pipeline_0s.scala 32:53:@32.4]
  assign _GEN_85 = 4'h5 == io_selects_2_1 ? io_inputs_5 : _GEN_84; // @[MuxTest_width_64_inputs_16_outputs_4_pipeline_0s.scala 32:53:@32.4]
  assign _GEN_86 = 4'h6 == io_selects_2_1 ? io_inputs_6 : _GEN_85; // @[MuxTest_width_64_inputs_16_outputs_4_pipeline_0s.scala 32:53:@32.4]
  assign _GEN_87 = 4'h7 == io_selects_2_1 ? io_inputs_7 : _GEN_86; // @[MuxTest_width_64_inputs_16_outputs_4_pipeline_0s.scala 32:53:@32.4]
  assign _GEN_88 = 4'h8 == io_selects_2_1 ? io_inputs_8 : _GEN_87; // @[MuxTest_width_64_inputs_16_outputs_4_pipeline_0s.scala 32:53:@32.4]
  assign _GEN_89 = 4'h9 == io_selects_2_1 ? io_inputs_9 : _GEN_88; // @[MuxTest_width_64_inputs_16_outputs_4_pipeline_0s.scala 32:53:@32.4]
  assign _GEN_90 = 4'ha == io_selects_2_1 ? io_inputs_10 : _GEN_89; // @[MuxTest_width_64_inputs_16_outputs_4_pipeline_0s.scala 32:53:@32.4]
  assign _GEN_91 = 4'hb == io_selects_2_1 ? io_inputs_11 : _GEN_90; // @[MuxTest_width_64_inputs_16_outputs_4_pipeline_0s.scala 32:53:@32.4]
  assign _GEN_92 = 4'hc == io_selects_2_1 ? io_inputs_12 : _GEN_91; // @[MuxTest_width_64_inputs_16_outputs_4_pipeline_0s.scala 32:53:@32.4]
  assign _GEN_93 = 4'hd == io_selects_2_1 ? io_inputs_13 : _GEN_92; // @[MuxTest_width_64_inputs_16_outputs_4_pipeline_0s.scala 32:53:@32.4]
  assign _GEN_94 = 4'he == io_selects_2_1 ? io_inputs_14 : _GEN_93; // @[MuxTest_width_64_inputs_16_outputs_4_pipeline_0s.scala 32:53:@32.4]
  assign _GEN_95 = 4'hf == io_selects_2_1 ? io_inputs_15 : _GEN_94; // @[MuxTest_width_64_inputs_16_outputs_4_pipeline_0s.scala 32:53:@32.4]
  assign _T_300 = _GEN_79 + _GEN_95; // @[MuxTest_width_64_inputs_16_outputs_4_pipeline_0s.scala 32:53:@32.4]
  assign _T_301 = _GEN_79 + _GEN_95; // @[MuxTest_width_64_inputs_16_outputs_4_pipeline_0s.scala 32:53:@33.4]
  assign _T_303 = _GEN_79 * _GEN_95; // @[MuxTest_width_64_inputs_16_outputs_4_pipeline_0s.scala 33:58:@34.4]
  assign _T_305 = _GEN_79 / _GEN_95; // @[MuxTest_width_64_inputs_16_outputs_4_pipeline_0s.scala 34:56:@35.4]
  assign _T_306 = 3'h3 == io_operation_2; // @[Mux.scala 46:19:@36.4]
  assign _T_307 = _T_306 ? _T_305 : 64'h0; // @[Mux.scala 46:16:@37.4]
  assign _T_308 = 3'h2 == io_operation_2; // @[Mux.scala 46:19:@38.4]
  assign _T_309 = _T_308 ? _T_303 : {{64'd0}, _T_307}; // @[Mux.scala 46:16:@39.4]
  assign _T_310 = 3'h1 == io_operation_2; // @[Mux.scala 46:19:@40.4]
  assign _T_311 = _T_310 ? {{64'd0}, _T_301} : _T_309; // @[Mux.scala 46:16:@41.4]
  assign _T_312 = 3'h0 == io_operation_2; // @[Mux.scala 46:19:@42.4]
  assign _T_313 = _T_312 ? {{64'd0}, _GEN_79} : _T_311; // @[Mux.scala 46:16:@43.4]
  assign _GEN_97 = 4'h1 == io_selects_3_0 ? io_inputs_1 : io_inputs_0; // @[MuxTest_width_64_inputs_16_outputs_4_pipeline_0s.scala 32:53:@44.4]
  assign _GEN_98 = 4'h2 == io_selects_3_0 ? io_inputs_2 : _GEN_97; // @[MuxTest_width_64_inputs_16_outputs_4_pipeline_0s.scala 32:53:@44.4]
  assign _GEN_99 = 4'h3 == io_selects_3_0 ? io_inputs_3 : _GEN_98; // @[MuxTest_width_64_inputs_16_outputs_4_pipeline_0s.scala 32:53:@44.4]
  assign _GEN_100 = 4'h4 == io_selects_3_0 ? io_inputs_4 : _GEN_99; // @[MuxTest_width_64_inputs_16_outputs_4_pipeline_0s.scala 32:53:@44.4]
  assign _GEN_101 = 4'h5 == io_selects_3_0 ? io_inputs_5 : _GEN_100; // @[MuxTest_width_64_inputs_16_outputs_4_pipeline_0s.scala 32:53:@44.4]
  assign _GEN_102 = 4'h6 == io_selects_3_0 ? io_inputs_6 : _GEN_101; // @[MuxTest_width_64_inputs_16_outputs_4_pipeline_0s.scala 32:53:@44.4]
  assign _GEN_103 = 4'h7 == io_selects_3_0 ? io_inputs_7 : _GEN_102; // @[MuxTest_width_64_inputs_16_outputs_4_pipeline_0s.scala 32:53:@44.4]
  assign _GEN_104 = 4'h8 == io_selects_3_0 ? io_inputs_8 : _GEN_103; // @[MuxTest_width_64_inputs_16_outputs_4_pipeline_0s.scala 32:53:@44.4]
  assign _GEN_105 = 4'h9 == io_selects_3_0 ? io_inputs_9 : _GEN_104; // @[MuxTest_width_64_inputs_16_outputs_4_pipeline_0s.scala 32:53:@44.4]
  assign _GEN_106 = 4'ha == io_selects_3_0 ? io_inputs_10 : _GEN_105; // @[MuxTest_width_64_inputs_16_outputs_4_pipeline_0s.scala 32:53:@44.4]
  assign _GEN_107 = 4'hb == io_selects_3_0 ? io_inputs_11 : _GEN_106; // @[MuxTest_width_64_inputs_16_outputs_4_pipeline_0s.scala 32:53:@44.4]
  assign _GEN_108 = 4'hc == io_selects_3_0 ? io_inputs_12 : _GEN_107; // @[MuxTest_width_64_inputs_16_outputs_4_pipeline_0s.scala 32:53:@44.4]
  assign _GEN_109 = 4'hd == io_selects_3_0 ? io_inputs_13 : _GEN_108; // @[MuxTest_width_64_inputs_16_outputs_4_pipeline_0s.scala 32:53:@44.4]
  assign _GEN_110 = 4'he == io_selects_3_0 ? io_inputs_14 : _GEN_109; // @[MuxTest_width_64_inputs_16_outputs_4_pipeline_0s.scala 32:53:@44.4]
  assign _GEN_111 = 4'hf == io_selects_3_0 ? io_inputs_15 : _GEN_110; // @[MuxTest_width_64_inputs_16_outputs_4_pipeline_0s.scala 32:53:@44.4]
  assign _GEN_113 = 4'h1 == io_selects_3_1 ? io_inputs_1 : io_inputs_0; // @[MuxTest_width_64_inputs_16_outputs_4_pipeline_0s.scala 32:53:@44.4]
  assign _GEN_114 = 4'h2 == io_selects_3_1 ? io_inputs_2 : _GEN_113; // @[MuxTest_width_64_inputs_16_outputs_4_pipeline_0s.scala 32:53:@44.4]
  assign _GEN_115 = 4'h3 == io_selects_3_1 ? io_inputs_3 : _GEN_114; // @[MuxTest_width_64_inputs_16_outputs_4_pipeline_0s.scala 32:53:@44.4]
  assign _GEN_116 = 4'h4 == io_selects_3_1 ? io_inputs_4 : _GEN_115; // @[MuxTest_width_64_inputs_16_outputs_4_pipeline_0s.scala 32:53:@44.4]
  assign _GEN_117 = 4'h5 == io_selects_3_1 ? io_inputs_5 : _GEN_116; // @[MuxTest_width_64_inputs_16_outputs_4_pipeline_0s.scala 32:53:@44.4]
  assign _GEN_118 = 4'h6 == io_selects_3_1 ? io_inputs_6 : _GEN_117; // @[MuxTest_width_64_inputs_16_outputs_4_pipeline_0s.scala 32:53:@44.4]
  assign _GEN_119 = 4'h7 == io_selects_3_1 ? io_inputs_7 : _GEN_118; // @[MuxTest_width_64_inputs_16_outputs_4_pipeline_0s.scala 32:53:@44.4]
  assign _GEN_120 = 4'h8 == io_selects_3_1 ? io_inputs_8 : _GEN_119; // @[MuxTest_width_64_inputs_16_outputs_4_pipeline_0s.scala 32:53:@44.4]
  assign _GEN_121 = 4'h9 == io_selects_3_1 ? io_inputs_9 : _GEN_120; // @[MuxTest_width_64_inputs_16_outputs_4_pipeline_0s.scala 32:53:@44.4]
  assign _GEN_122 = 4'ha == io_selects_3_1 ? io_inputs_10 : _GEN_121; // @[MuxTest_width_64_inputs_16_outputs_4_pipeline_0s.scala 32:53:@44.4]
  assign _GEN_123 = 4'hb == io_selects_3_1 ? io_inputs_11 : _GEN_122; // @[MuxTest_width_64_inputs_16_outputs_4_pipeline_0s.scala 32:53:@44.4]
  assign _GEN_124 = 4'hc == io_selects_3_1 ? io_inputs_12 : _GEN_123; // @[MuxTest_width_64_inputs_16_outputs_4_pipeline_0s.scala 32:53:@44.4]
  assign _GEN_125 = 4'hd == io_selects_3_1 ? io_inputs_13 : _GEN_124; // @[MuxTest_width_64_inputs_16_outputs_4_pipeline_0s.scala 32:53:@44.4]
  assign _GEN_126 = 4'he == io_selects_3_1 ? io_inputs_14 : _GEN_125; // @[MuxTest_width_64_inputs_16_outputs_4_pipeline_0s.scala 32:53:@44.4]
  assign _GEN_127 = 4'hf == io_selects_3_1 ? io_inputs_15 : _GEN_126; // @[MuxTest_width_64_inputs_16_outputs_4_pipeline_0s.scala 32:53:@44.4]
  assign _T_317 = _GEN_111 + _GEN_127; // @[MuxTest_width_64_inputs_16_outputs_4_pipeline_0s.scala 32:53:@44.4]
  assign _T_318 = _GEN_111 + _GEN_127; // @[MuxTest_width_64_inputs_16_outputs_4_pipeline_0s.scala 32:53:@45.4]
  assign _T_320 = _GEN_111 * _GEN_127; // @[MuxTest_width_64_inputs_16_outputs_4_pipeline_0s.scala 33:58:@46.4]
  assign _T_322 = _GEN_111 / _GEN_127; // @[MuxTest_width_64_inputs_16_outputs_4_pipeline_0s.scala 34:56:@47.4]
  assign _T_323 = 3'h3 == io_operation_3; // @[Mux.scala 46:19:@48.4]
  assign _T_324 = _T_323 ? _T_322 : 64'h0; // @[Mux.scala 46:16:@49.4]
  assign _T_325 = 3'h2 == io_operation_3; // @[Mux.scala 46:19:@50.4]
  assign _T_326 = _T_325 ? _T_320 : {{64'd0}, _T_324}; // @[Mux.scala 46:16:@51.4]
  assign _T_327 = 3'h1 == io_operation_3; // @[Mux.scala 46:19:@52.4]
  assign _T_328 = _T_327 ? {{64'd0}, _T_318} : _T_326; // @[Mux.scala 46:16:@53.4]
  assign _T_329 = 3'h0 == io_operation_3; // @[Mux.scala 46:19:@54.4]
  assign _T_330 = _T_329 ? {{64'd0}, _GEN_111} : _T_328; // @[Mux.scala 46:16:@55.4]
  assign io_outputs_0 = _T_279[63:0]; // @[MuxTest_width_64_inputs_16_outputs_4_pipeline_0s.scala 23:14:@56.4]
  assign io_outputs_1 = _T_296[63:0]; // @[MuxTest_width_64_inputs_16_outputs_4_pipeline_0s.scala 23:14:@57.4]
  assign io_outputs_2 = _T_313[63:0]; // @[MuxTest_width_64_inputs_16_outputs_4_pipeline_0s.scala 23:14:@58.4]
  assign io_outputs_3 = _T_330[63:0]; // @[MuxTest_width_64_inputs_16_outputs_4_pipeline_0s.scala 23:14:@59.4]
endmodule